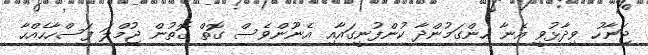
ޖަނާހު ވިދާޅުވީ އެނާ ހިންގަމުންދާ ކުންފުނީގައާއި އެނޫންވެސް ގޮތް ގޮތުން ޖުމްލަ ފަސްހާހެއްހާ